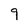
Character: 9